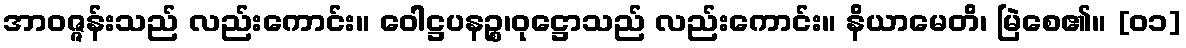
အာဝဇ္ဇန်းသည် လည်းကောင်း။ ဝေါဋ္ဌပနဉ္စ၊ဝုဋ္ဌောသည် လည်းကောင်း။ နိယာမေတိ၊ မြဲစေ၏။ [၀၁]